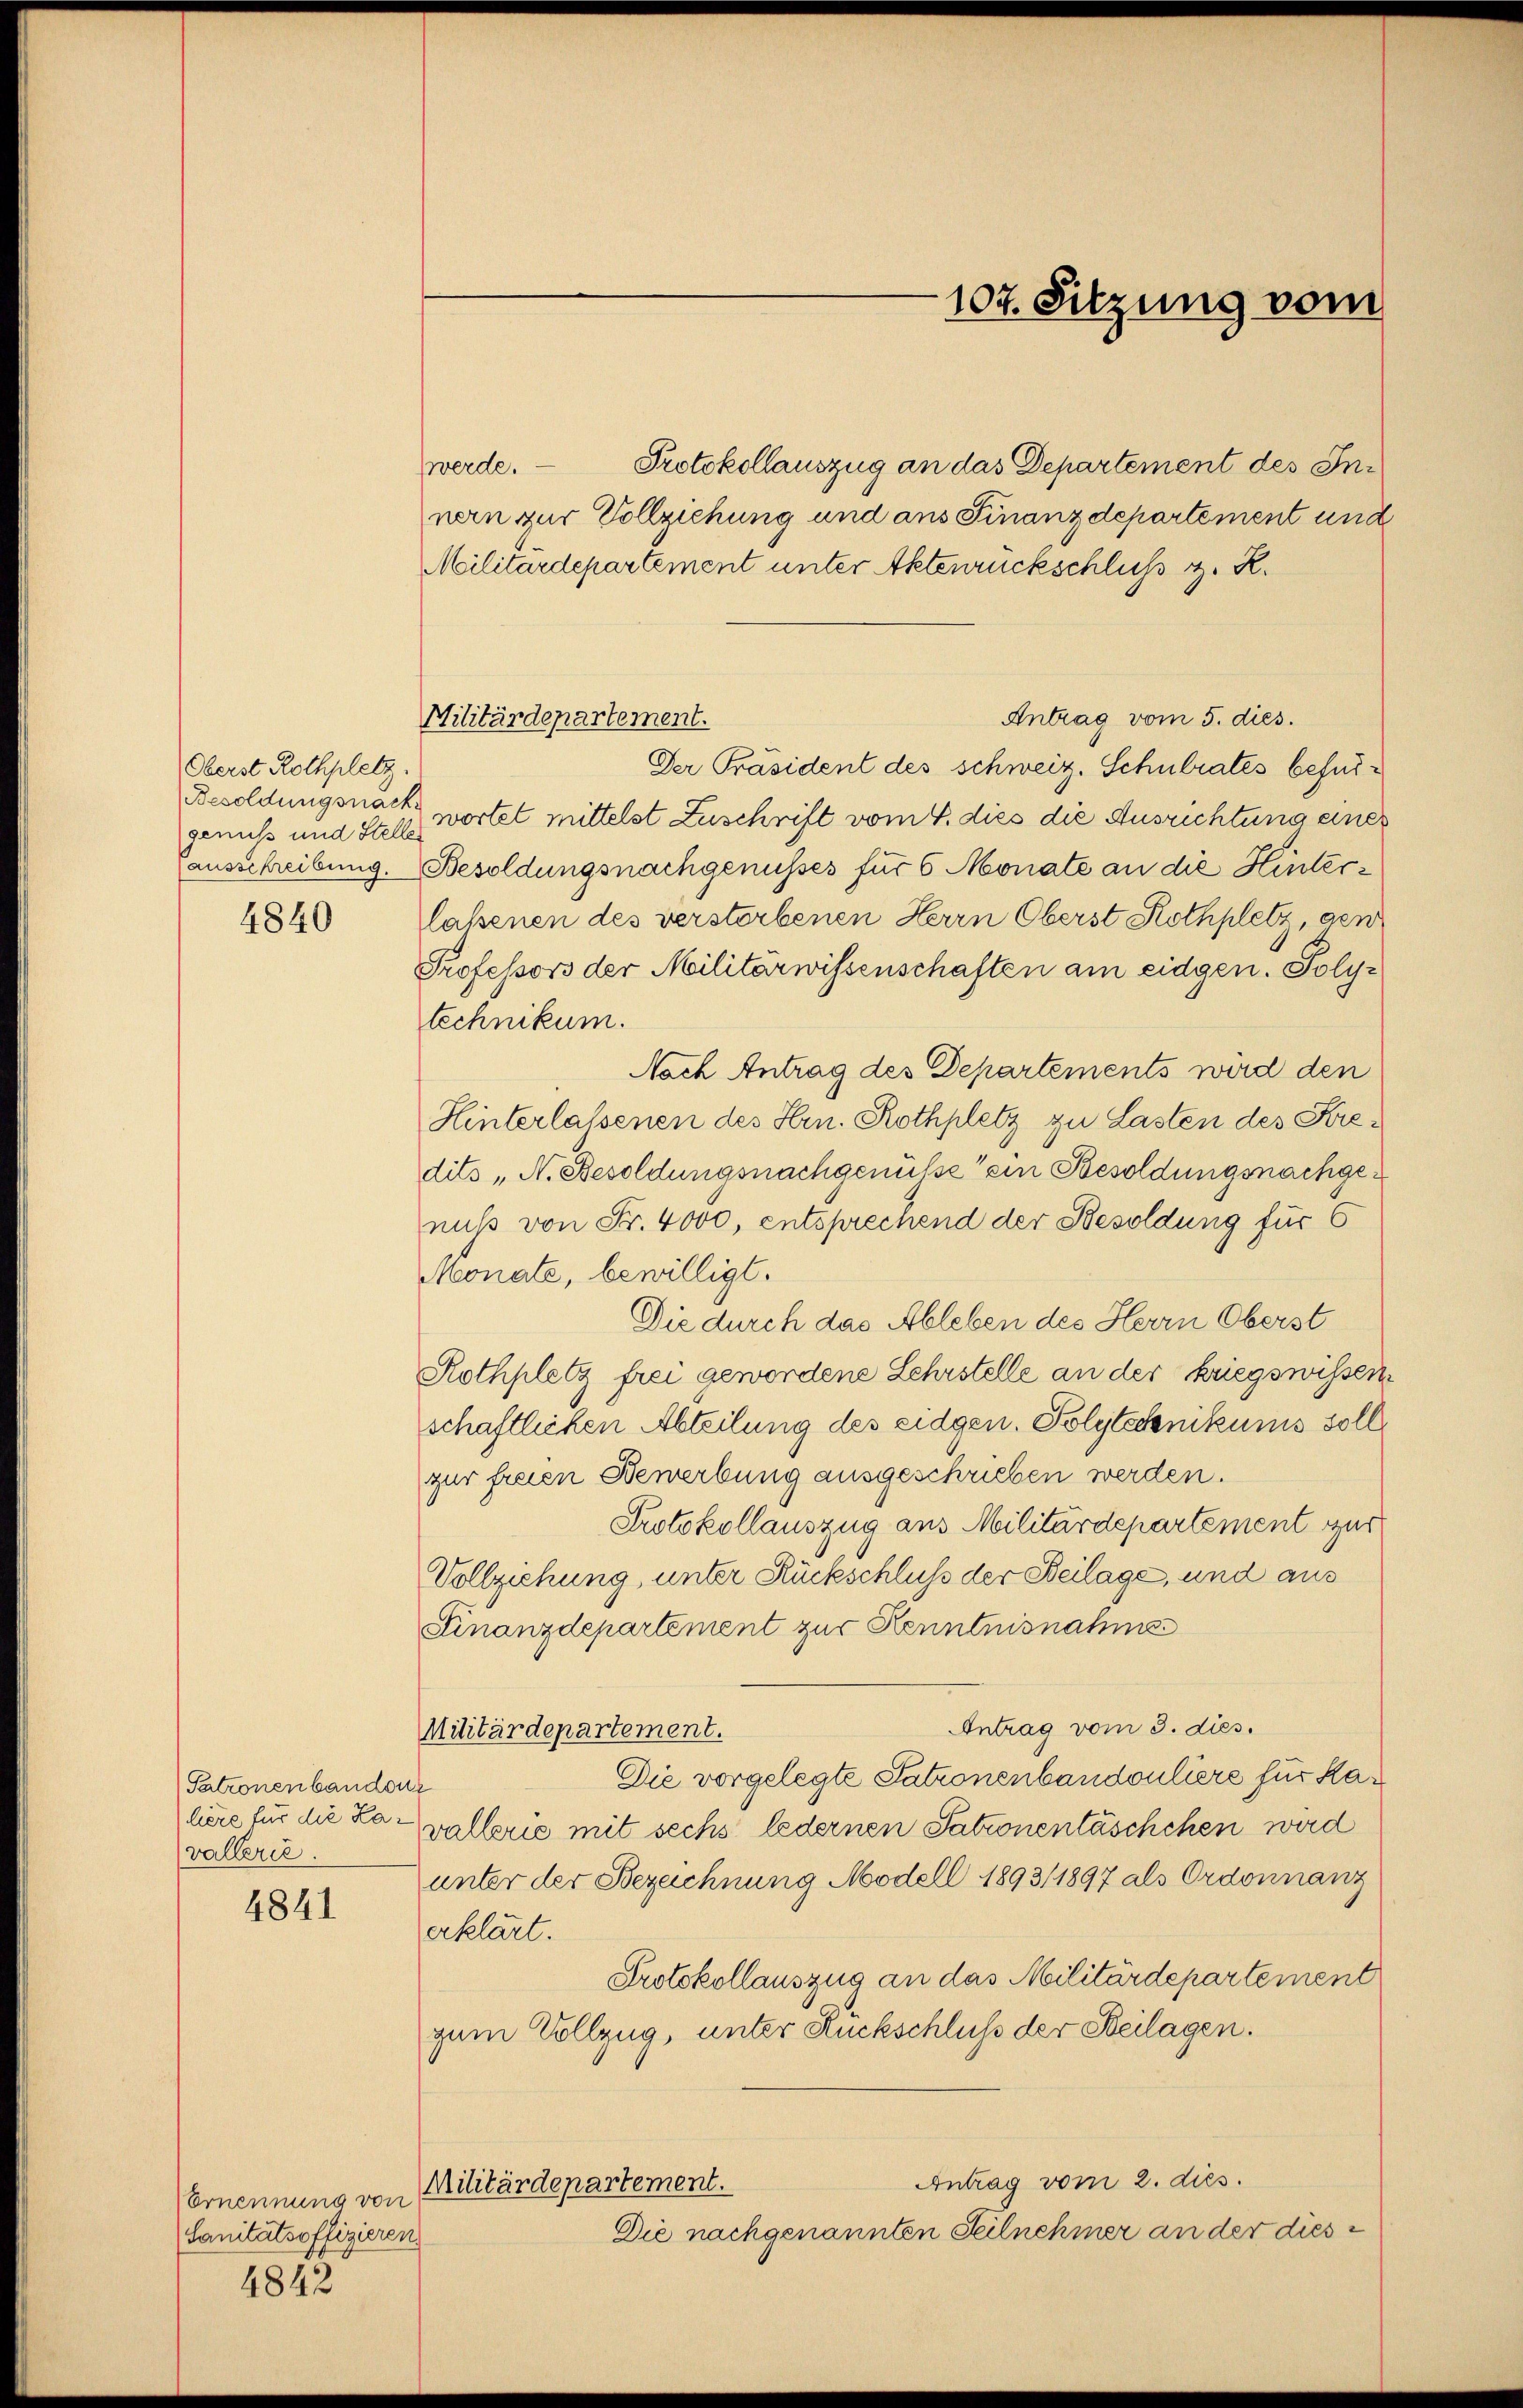
Oberst Rothplatz.
Besoldungsnach
genuss und Stelle

4840

Patronenbandouz
lière für die Kar
vallerie.

4841

Ernennung von
Sanitätsoffizieren
4842

Militärdepartement.

werde. Protokollauszug an das Departement des Innern zur Vollziehung und aus Finanzdepartement und
Militärdepartement unter Aktenrückschluß z. R.
Antrag vom 5. dies.
Der Präsident des schweiz. Schulrates befürwortet mittelst Zuschrift vom 8. dies die Ausrichtung einer
ausschreibung. Besoldungsnachgenusses für 6 Monate an die Hinterlassenen des verstorbenen Herrn Oberst Rothplatz, gen
Professors der Militärwissenschaften am eidgen. Polytechnikum.
Nach Antrag des Departements wird den
Hinterlassenen des Hrn. Rothplatz zu Lasten des Kredits „N. Besoldungsnachgenüsse ein Besoldungsnachgenuß von Fr. 4000, entsprechend der Besoldung für 6
Monate, bewilligt.
Die durch das Ableben des Herrn Oberst
Rothplatz frei gewordene Lehrstelle an der kriegswissenschaftlichen Abteilung des eidgen. Polytechnikums soll
zur freien Bewerbung ausgeschrieben werden.
Protokollauszug aus Militärdepartement zur
Vollziehung, unter Rückschluß der Beilage, und aus
Finanzdepartement zur Kenntnisnahms
Antrag vom 3. dies.
Militärdepartement.
Die vorgelegte Patronenbandouliere für Kavallerie mit sechs ledernen Sationentäschchen wird
unter der Bezeichnung Modell 1893/ 1897 als Ordonnanz
erklärt.
Protokollauszug an das Militärdepartement
zum Vollzug, unter Rückschluß der Beilagen.
Antrag vom 2. dies
Militärdepartement.
Die nachgenannten Teilnehmer an der dies

107. Sitzung vom